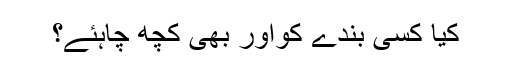
کیا کسی بندے کواور بھی کچھ چاہئے؟